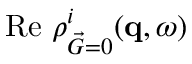
\mathrm { R e } ~ \rho _ { \vec { G } = 0 } ^ { i } ( \mathbf { q } , \omega )